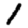
Digit: 1